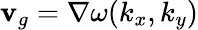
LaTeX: {\mathbf v_{g}}=\nabla\omega({k_{x},k_{y}})